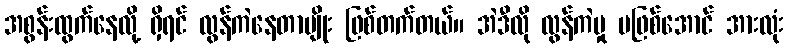
အစွန်းထွက်နေလို့ ရှိရင် လွန်ကဲနေတာမျိုး ဖြစ်တက်တယ်။ အဲဒီလို လွန်ကဲမှု မဖြစ်အောင် အားလုံး